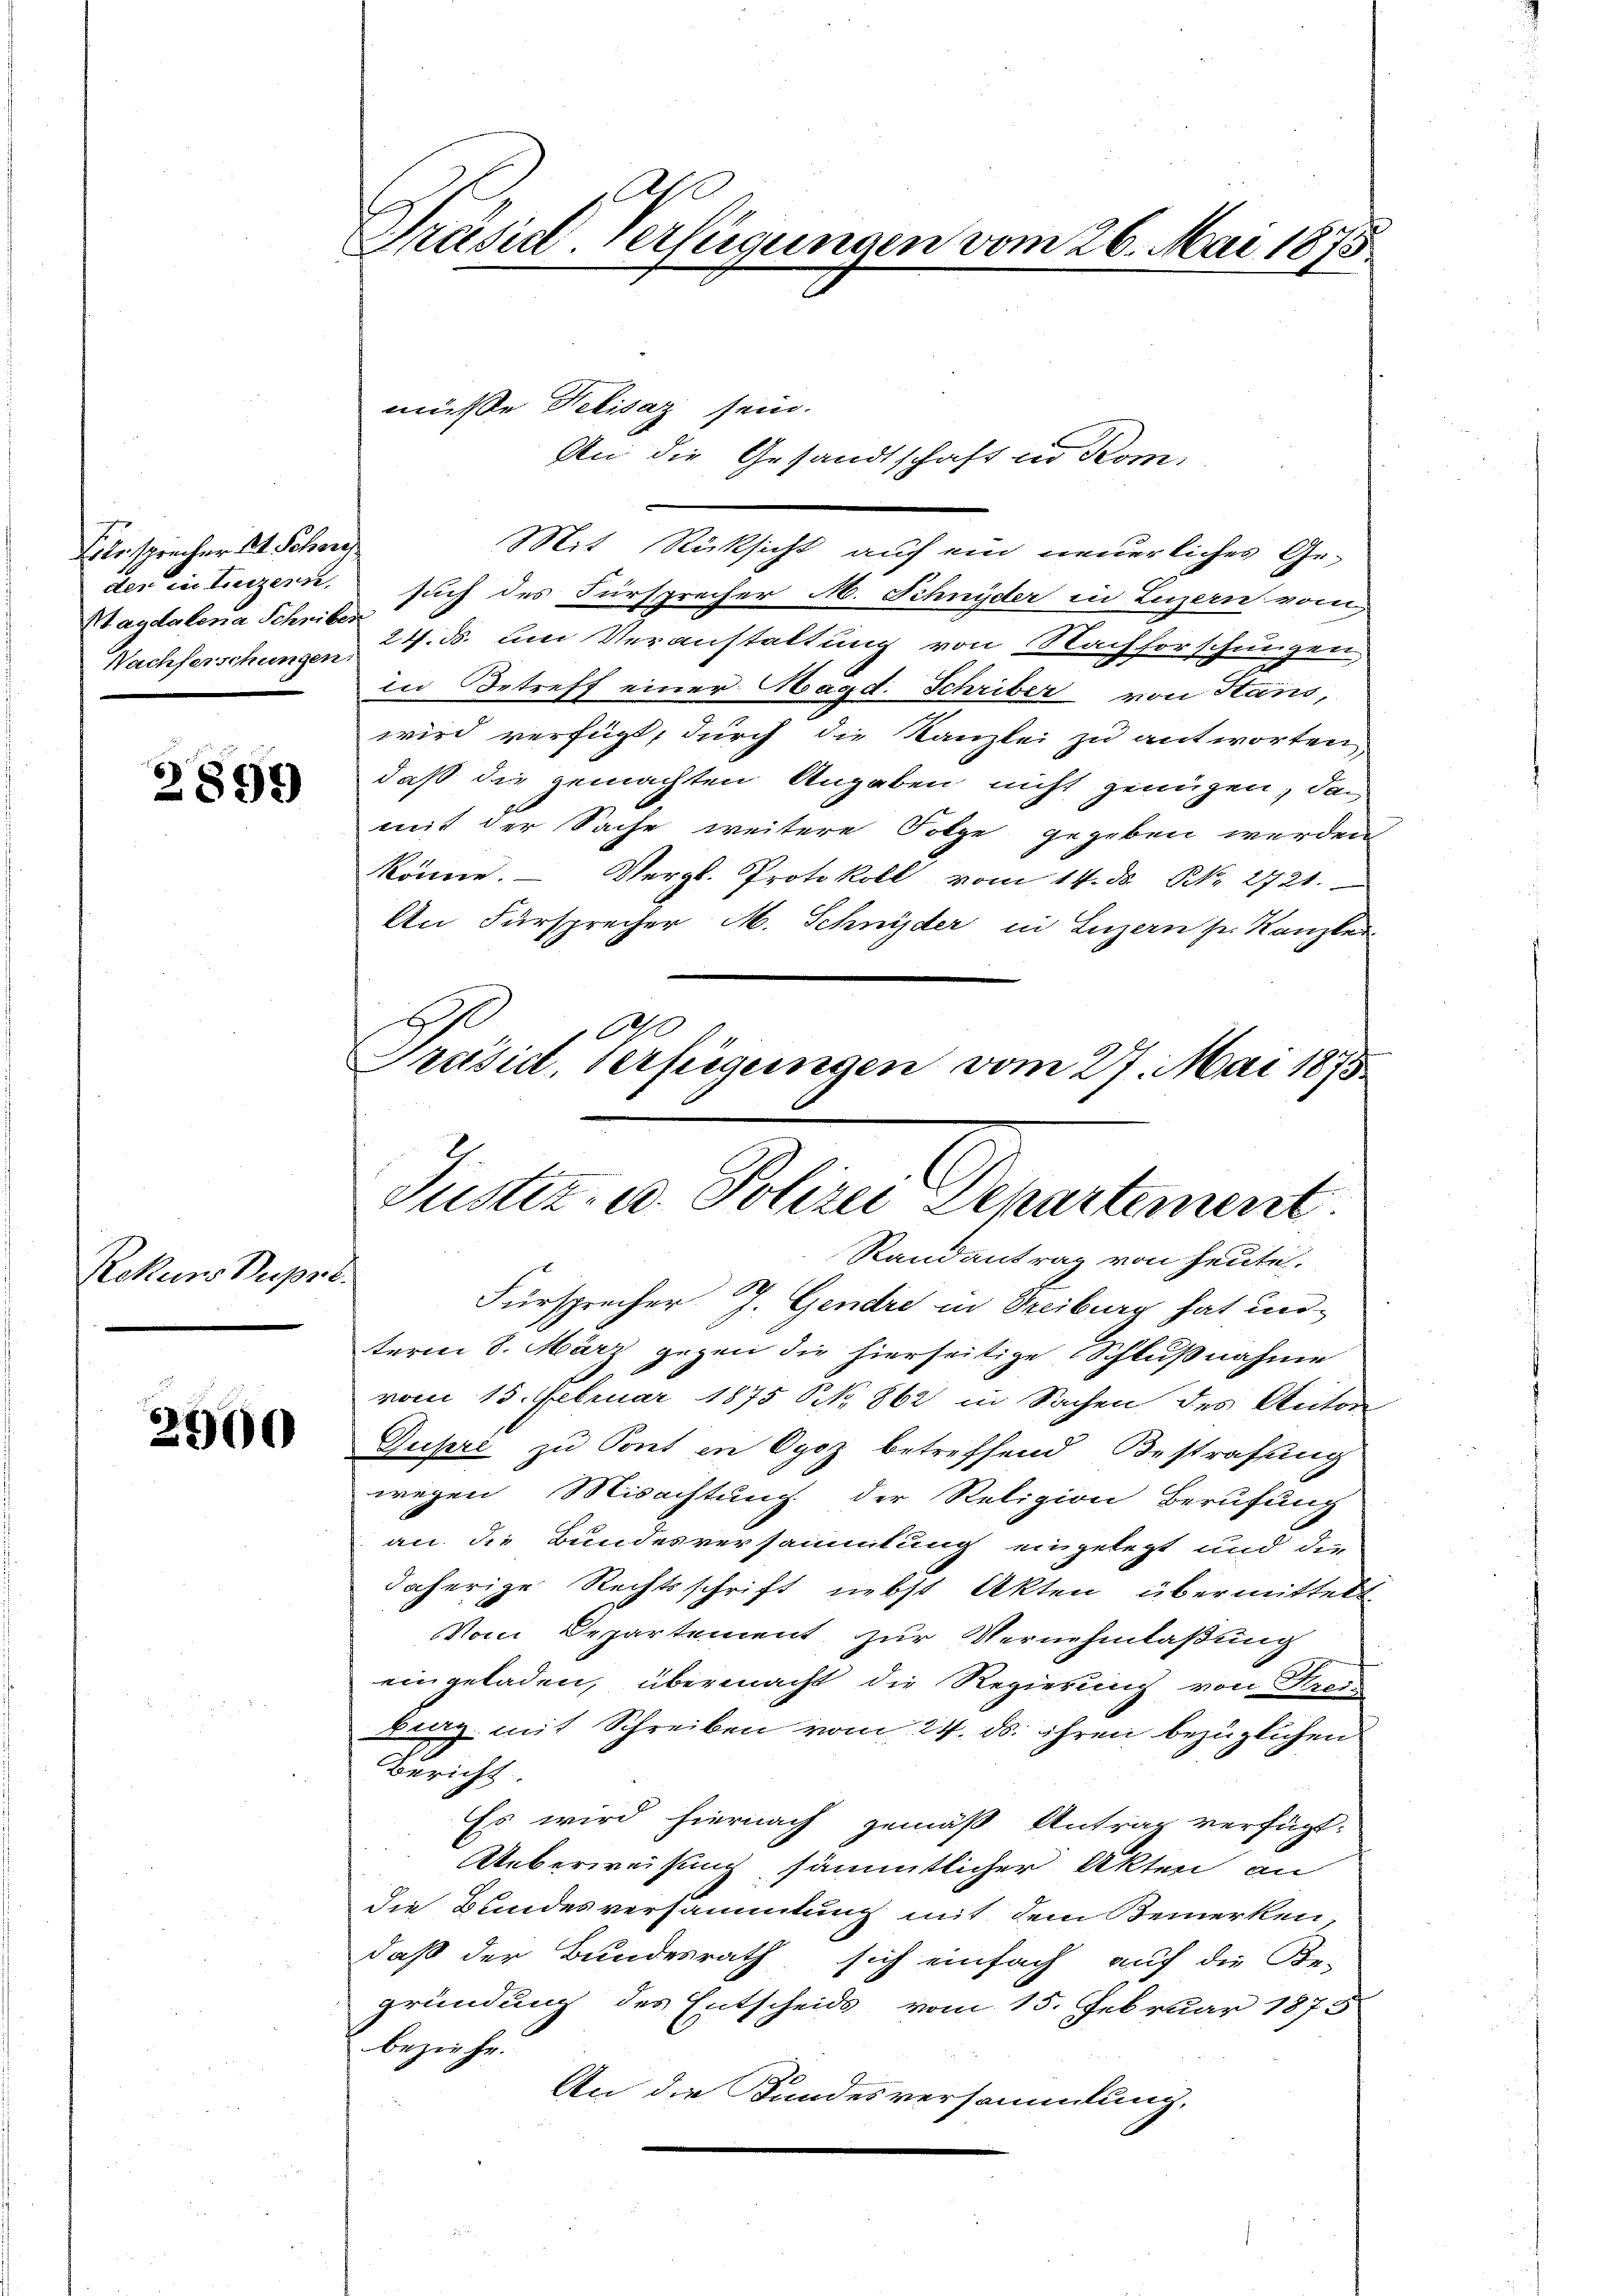
Eile sprecher 24. Schöne
Stagdalena Schriber

2899

Rekurs Suppl

2900

Präsid-Verfügungen vom 26. Mai 1875

müsse Nekisaz sein.

An die Gesandtschaft in Kom-

Mit Rücksicht auf ein neuerliches Ge-
der in Luzern, such des Fürsprecher M. Schnyder in Luzern vom
Nachferschungen 24. B. um Veranstaltung von Nachforschungen
in Betreff einer Magd. Schriber von Hans,
wird verfügt, durch die Kanzlei zu antworten,
daß die gemachten Angaben nicht genügen, da
mit der Sache weitere Folge gegeben werden
könne. - Vergl. Protokoll vom 14. ds N. 2721.
An Fürsprecher M. Schnyder in Luzern her Kanzlei
10
Präsid, Verfügungen vom 27. Mai 1875

Justiz- u. Polizei Departement
Randantrag von heute

Fürsprecher J. Gendre in Freiburg hat unterm 8. März gegen die hierseitige Schlußnahme
vom 15. Februar 1875 NNo. 862 in Sachen des Anton
Dupri zu Pont in Oyoz betreffend Bestrafung
wegen Misachtung der Religion Berufung
an. die Bundesversammlung eingelegt und die
daherige Rechtsschrift nebst Akten übermittelt.
Vom Departement zur Vernehmlaßung
eingeladen, übermacht die Regierung von Freis
Benz mit Schreiben vom 24. ds. ihren bezüglichen
Bericht.
Es wird hiernach gemäß Antrag verfügt:
Ueberweisung sämmtlicher Akten an
die Bundesversammlung mit dem Bemerken
daß der Bundesrath sich einfach auf die Be-
gründung des Entscheids vom 15. Februar 1875
beziehe.
An die Bundesversammlung.